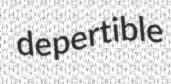
depertible